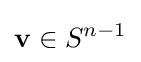
\mathbf {v} \in S^{n-1}